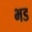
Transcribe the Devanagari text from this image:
भड